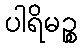
ပါရိမဉ္စ